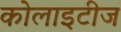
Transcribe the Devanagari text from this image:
कोलाइटीज